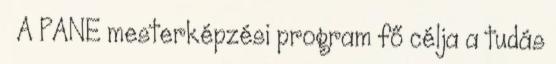
A PANE mesterképzési program fő célja a tudás